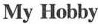
My Hobby